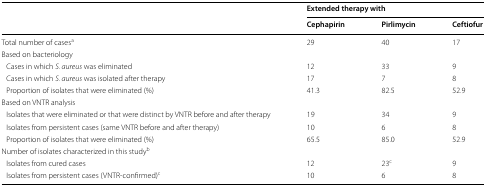
| <ROWSPAN=2>  | <COLSPAN=3> Extended therapy with |
 | Cephapirin | Pirlimycin | Ceftiofur |
 | --- | --- | --- | --- |
 | Total number of casesa | 29 | 40 | 17 |
 | <COLSPAN=4> Based on bacteriology |
 | Cases in which S. aureus was eliminated | 12 | 33 | 9 |
 | Cases in which S. aureus was isolated after therapy | 17 | 7 | 8 |
 | Proportion of isolates that were eliminated (%) | 41.3 | 82.5 | 52.9 |
 | <COLSPAN=4> Based on VNTR analysis |
 | Isolates that were eliminated or that were distinct by VNTR before and after therapy | 19 | 34 | 9 |
 | Isolates from persistent cases (same VNTR before and after therapy) | 10 | 6 | 8 |
 | Proportion of isolates that were eliminated (%) | 65.5 | 85.0 | 52.9 |
 | <COLSPAN=4> Number of isolates characterized in this studyb |
 | Isolates from cured cases | 12 | 23c | 9 |
 | Isolates from persistent cases (VNTR-confirmed)c | 10 | 6 | 8 |